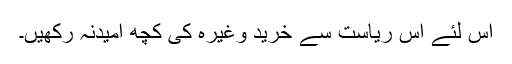
اس لئے اس ریاست سے خرید وغیرہ کی کچھ امیدنہ رکھیں۔